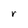
Character: r